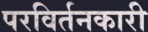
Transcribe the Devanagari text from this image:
परविर्तनकारी